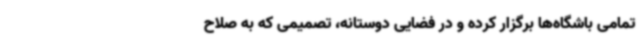
تمامی باشگاه‌ها برگزار کرده و در فضایی دوستانه، تصمیمی که به صلاح